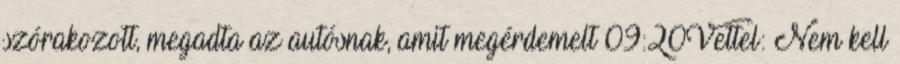
szórakozott, megadta az autósnak, amit megérdemelt 09:20Vettel: Nem kell